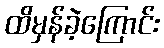
ထိမှန်ခဲ့ကြောင်း